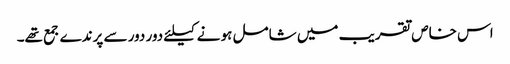
اس خاص تقریب میں شامل ہو نے کیلئے دور دور سے پرندے جمع تھے۔